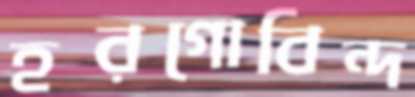
হরগোবিন্দ